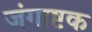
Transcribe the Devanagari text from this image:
जंगाष्टक